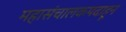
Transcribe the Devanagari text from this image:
महासंचालकपदाहून